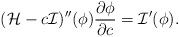
LaTeX: \begin{align*}(\mathcal{H}-c\mathcal{I})''(\phi)\frac{\partial\phi}{\partial c}=\mathcal{I}'(\phi). \end{align*}